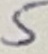
Text: 5